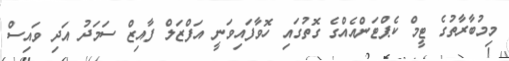
މިމުބާރާތުގެ ޓީމް ކެޕްޓަންއެއްގެ ގޮތުގައި ހޮވާފައިވަނީ އަފްޒަލް ފާއިޒް ސަމަދު އަދި ވައިސް